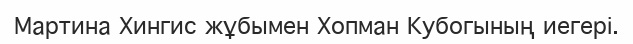
Мартина Хингис жұбымен Хопман Кубогының иегері.